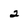
Character: 2